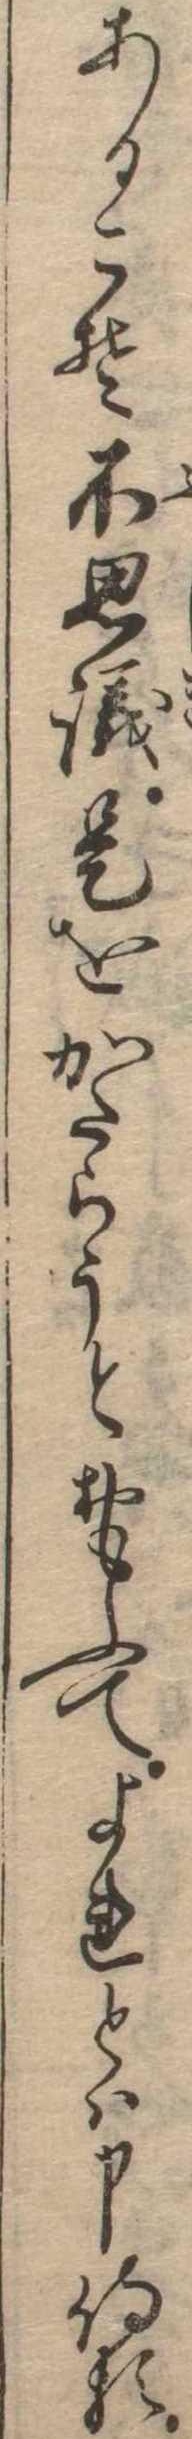
あるこそ不思議是をかたらうとおもふてよれとは申侍る